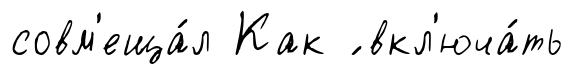
совм'еща́л Как ́ вкл'юча́ть